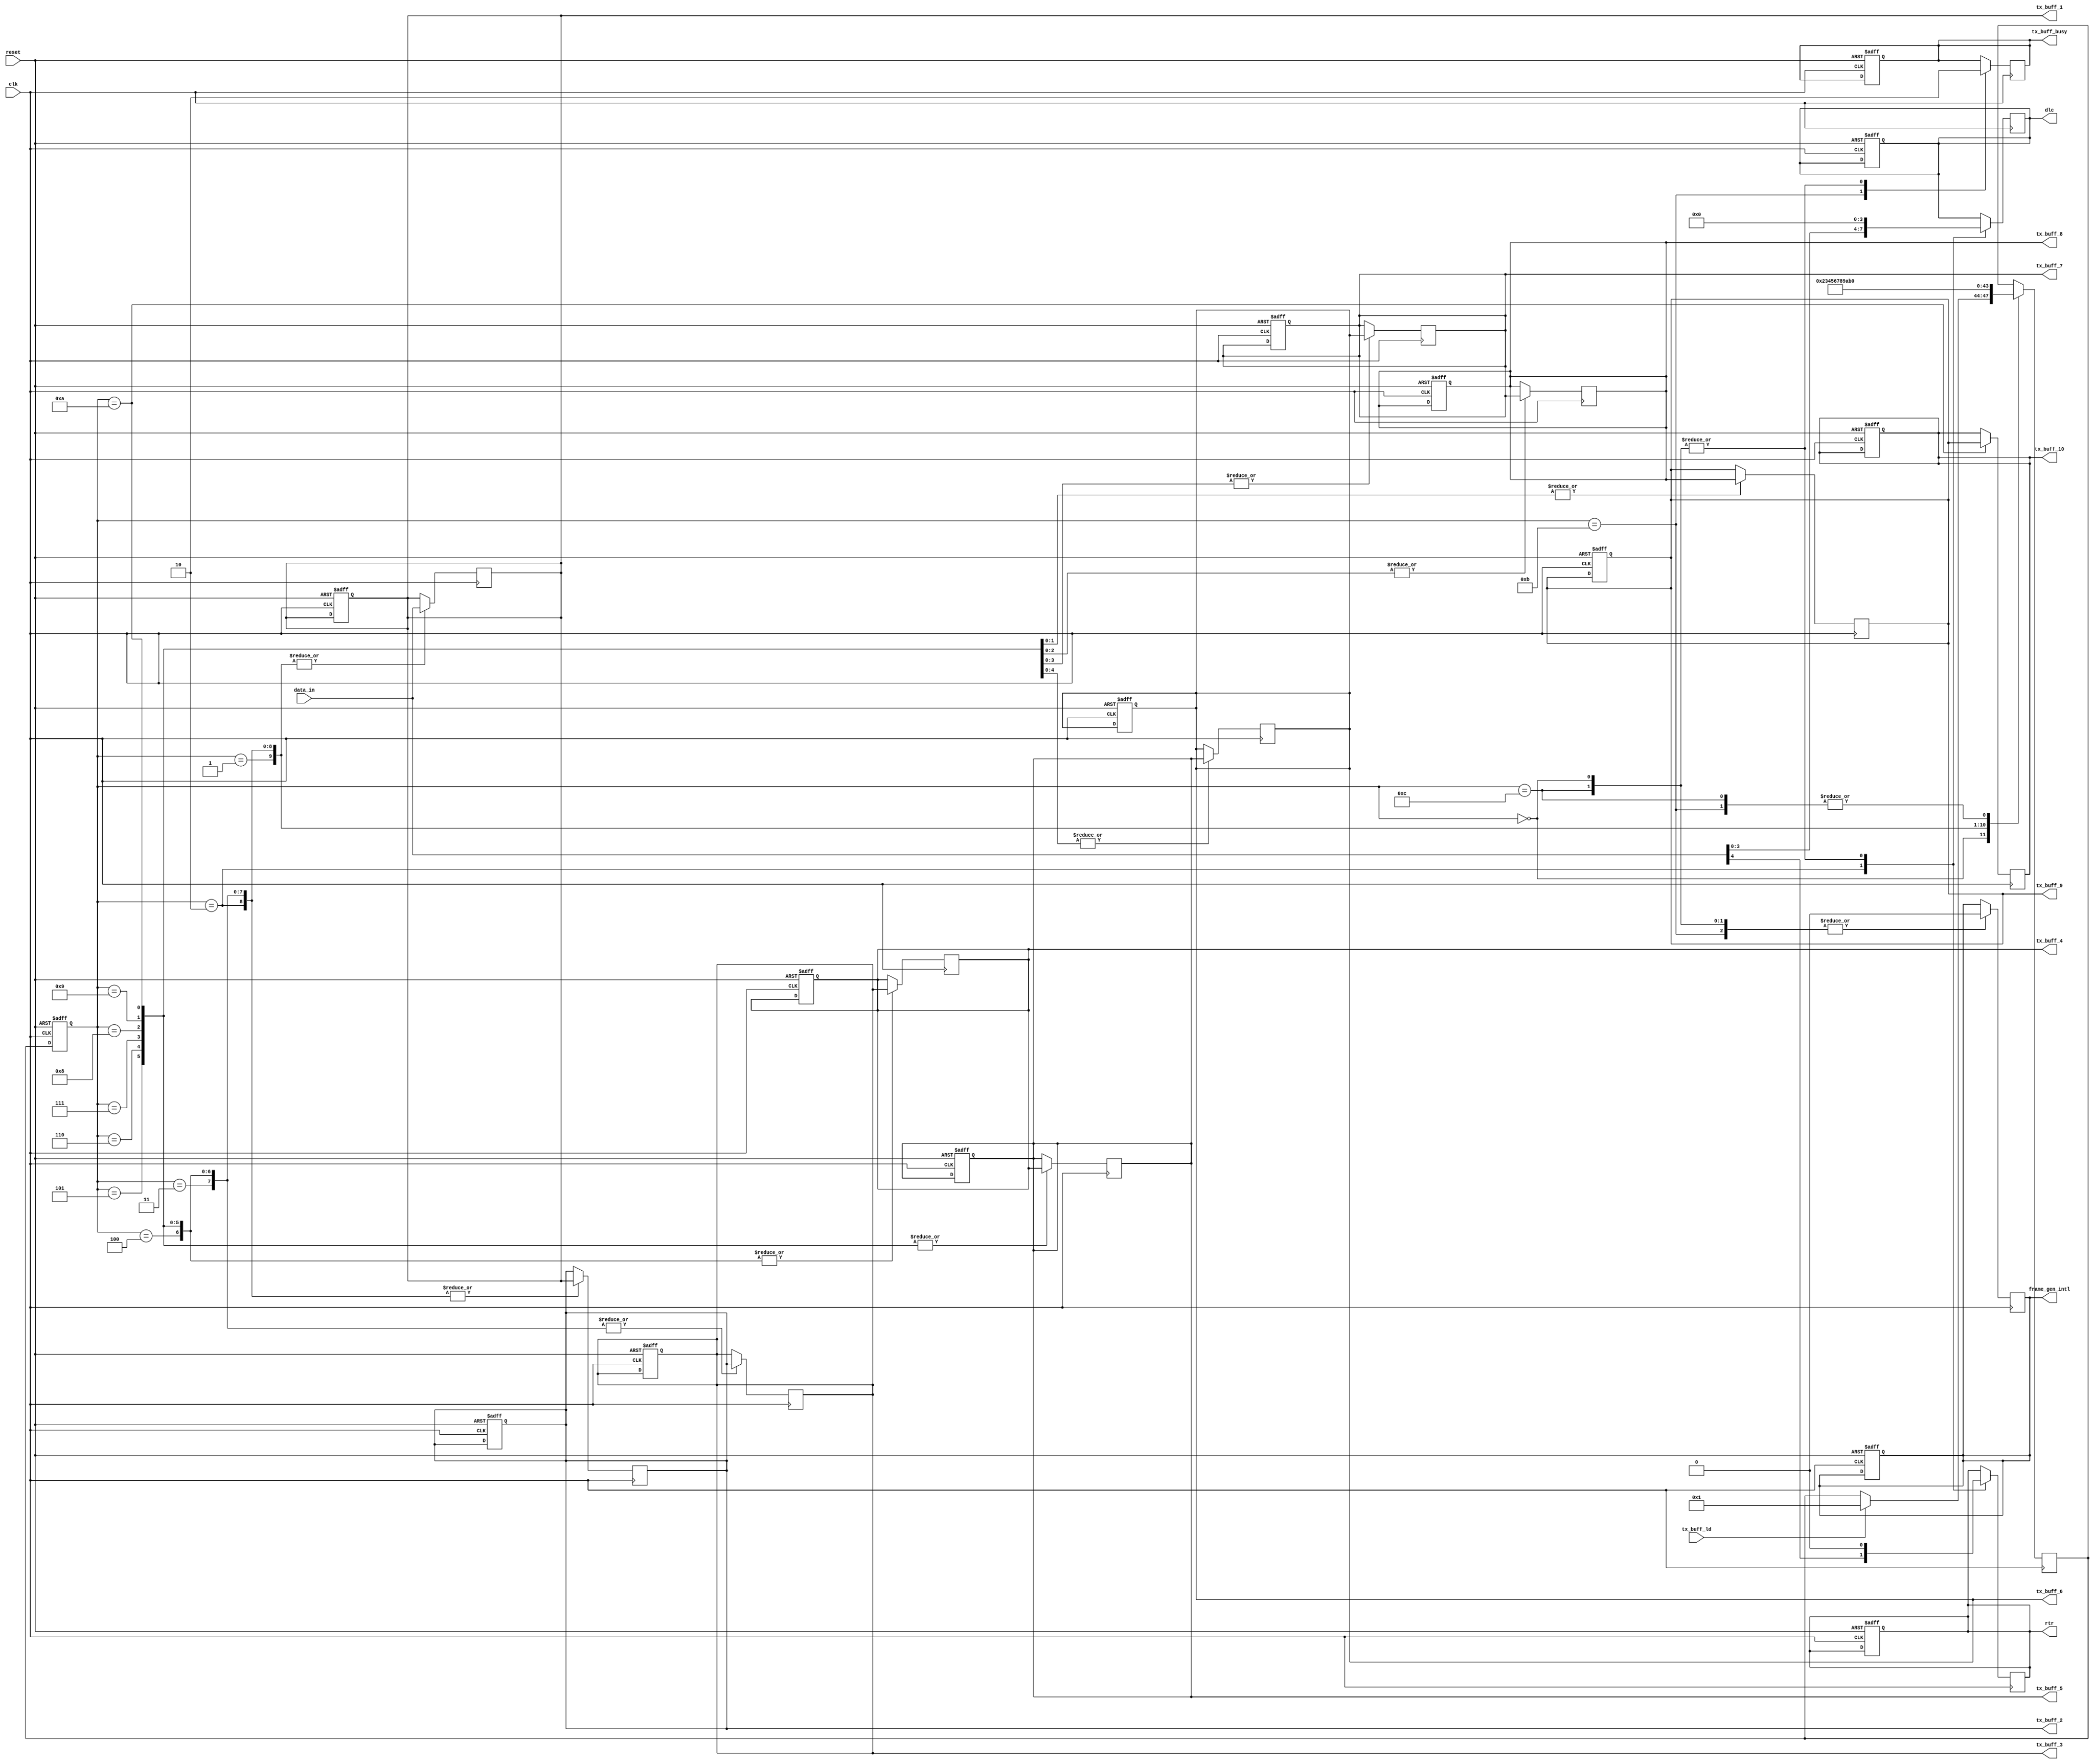
module tx_buff (
  input wire clk, reset,
  input wire [7:0] data_in,
  input wire tx_buff_ld,
  output reg frame_gen_intl,
  output reg tx_buff_busy,
  output wire [7:0] tx_buff_1,
  output wire [7:0] tx_buff_2,
  output wire [7:0] tx_buff_3,
  output wire [7:0] tx_buff_4,
  output wire [7:0] tx_buff_5,
  output wire [7:0] tx_buff_6,
  output wire [7:0] tx_buff_7,
  output wire [7:0] tx_buff_8,
  output wire [7:0] tx_buff_9,
  output wire [7:0] tx_buff_10,
  output reg rtr,
  output reg [3:0] dlc
);

  parameter IDLE = 4'b0000;
  parameter BUF0 = 4'b0001;
  parameter BUF1 = 4'b0010;
  parameter BUF2 = 4'b0011;
  parameter BUF3 = 4'b0100;
  parameter BUF4 = 4'b0101;
  parameter BUF5 = 4'b0110;
  parameter BUF6 = 4'b0111;
  parameter BUF7 = 4'b1000;
  parameter BUF8 = 4'b1001;
  parameter BUF9 = 4'b1010;
  parameter BUF_LD_COMP = 4'b1011;
  parameter DEFAULT = 4'b1100;

  reg [3:0] state, next_state;
  reg [7:0] tx_buffers [0:9];
  integer i;

  always @(posedge clk or posedge reset) begin
    if (reset) begin
      state <= IDLE;
      frame_gen_intl <= 1'b0;
      tx_buff_busy <= 1'b0;
      for (i = 0; i < 10; i = i + 1) begin
        tx_buffers[i] <= 8'b0;
      end
      rtr <= 1'b0;
      dlc <= 4'b0;
    end
    else begin
      state <= next_state;
    end
  end

  always @(posedge clk) begin
    case (state)
      IDLE: begin
        frame_gen_intl <= 1'b0;
        tx_buff_busy <= 1'b0;
        rtr <= 1'b0;
        dlc <= 4'b0;
        if (tx_buff_ld) next_state <= BUF0;
      end

      BUF0: begin
        tx_buffers[0] <= data_in;
        next_state <= BUF1;
      end

       BUF1: begin
        tx_buffers[1] <= tx_buffers[0];
        tx_buffers[0] <= data_in;
        rtr <= data_in[4];
        dlc <= data_in[3:0];
        next_state <= BUF2;
      end

      BUF2: begin
        tx_buffers[2] <= tx_buffers[1];
        tx_buffers[1] <= tx_buffers[0];
        tx_buffers[0] <= data_in;       
        next_state <= BUF3;
      end

      BUF3: begin
        tx_buffers[3] <= tx_buffers[2];
        tx_buffers[2] <= tx_buffers[1];
        tx_buffers[1] <= tx_buffers[0];
        tx_buffers[0] <= data_in;
        next_state <= BUF4;
      end

      BUF4: begin
        tx_buffers[4] <= tx_buffers[3];
        tx_buffers[3] <= tx_buffers[2];
        tx_buffers[2] <= tx_buffers[1];
        tx_buffers[1] <= tx_buffers[0];
        tx_buffers[0] <= data_in;
        next_state <= BUF5;
      end

      BUF5: begin
        tx_buffers[5] <= tx_buffers[4];
        tx_buffers[4] <= tx_buffers[3];
        tx_buffers[3] <= tx_buffers[2];
        tx_buffers[2] <= tx_buffers[1];
        tx_buffers[1] <= tx_buffers[0];
        tx_buffers[0] <= data_in;
        next_state <= BUF6;
      end

      BUF6: begin
        tx_buffers[6] <= tx_buffers[5];
        tx_buffers[5] <= tx_buffers[4];
        tx_buffers[4] <= tx_buffers[3];
        tx_buffers[3] <= tx_buffers[2];
        tx_buffers[2] <= tx_buffers[1];
        tx_buffers[1] <= tx_buffers[0];
        tx_buffers[0] <= data_in;
        next_state <= BUF7;
      end

      BUF7: begin
        tx_buffers[7] <= tx_buffers[6];
        tx_buffers[6] <= tx_buffers[5];
        tx_buffers[5] <= tx_buffers[4];
        tx_buffers[4] <= tx_buffers[3];
        tx_buffers[3] <= tx_buffers[2];
        tx_buffers[2] <= tx_buffers[1];
        tx_buffers[1] <= tx_buffers[0];
        tx_buffers[0] <= data_in;
        next_state <= BUF8;
      end

      BUF8: begin
        tx_buffers[8] <= tx_buffers[7];
        tx_buffers[7] <= tx_buffers[6];
        tx_buffers[6] <= tx_buffers[5];
        tx_buffers[5] <= tx_buffers[4];
        tx_buffers[4] <= tx_buffers[3];
        tx_buffers[3] <= tx_buffers[2];
        tx_buffers[2] <= tx_buffers[1];
        tx_buffers[1] <= tx_buffers[0];
        tx_buffers[0] <= data_in;
        next_state <= BUF9;
      end

      BUF9: begin
        tx_buffers[9] <= tx_buffers[8];
        tx_buffers[8] <= tx_buffers[7];
        tx_buffers[7] <= tx_buffers[6];
        tx_buffers[6] <= tx_buffers[5];
        tx_buffers[5] <= tx_buffers[4];
        tx_buffers[4] <= tx_buffers[3];
        tx_buffers[3] <= tx_buffers[2];
        tx_buffers[2] <= tx_buffers[1];
        tx_buffers[1] <= tx_buffers[0];
        tx_buffers[0] <= data_in;
        next_state <= BUF_LD_COMP;
      end

      BUF_LD_COMP: begin
        tx_buff_busy <= 1'b1;
        frame_gen_intl <= 1'b0;
        next_state <= IDLE;
      end

      DEFAULT: begin
        frame_gen_intl <= 1'b0;
        tx_buff_busy <= 1'b0;
        rtr <= 1'b0;
        dlc <= 4'b0;
        next_state <= IDLE;
      end
    endcase
  end

  assign tx_buff_1 = tx_buffers[0];
  assign tx_buff_2 = tx_buffers[1];
  assign tx_buff_3 = tx_buffers[2];
  assign tx_buff_4 = tx_buffers[3];
  assign tx_buff_5 = tx_buffers[4];
  assign tx_buff_6 = tx_buffers[5];
  assign tx_buff_7 = tx_buffers[6];
  assign tx_buff_8 = tx_buffers[7];
  assign tx_buff_9 = tx_buffers[8];
  assign tx_buff_10 = tx_buffers[9];

endmodule